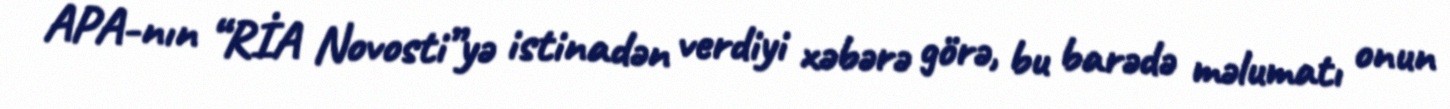
APA-nın “RİA Novosti”yə istinadən verdiyi xəbərə görə, bu barədə məlumatı onun